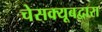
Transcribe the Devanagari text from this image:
चेसक्यूबद्वारा